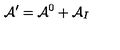
{ \cal A } ^ { \prime } = { \cal A } ^ { 0 } + { \cal A } _ { I }